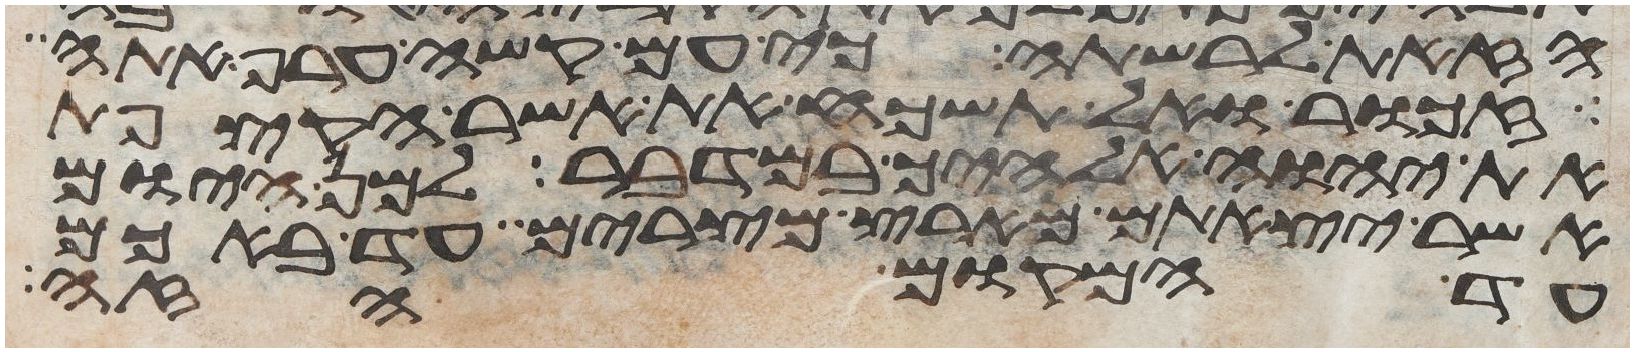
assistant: הזאת לרשתה כי עם קשה ערף אתה
זכור ואל תשכח את אשר הקצפת
את יהוה אלהיך במדבר למן היום
אשר יצאתם מארץ מצרים עד באכם
עד המקום הזה